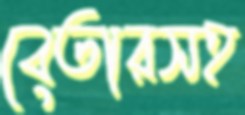
বেতারসহ